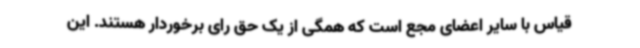
قیاس با سایر اعضای مجع است که همگی از یک حق رای برخوردار هستند. این